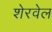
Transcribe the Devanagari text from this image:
शेरवेल